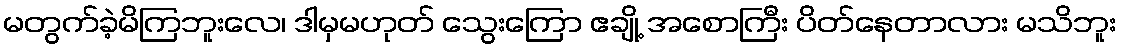
မတွက်ခဲ့မိကြဘူးလေ၊ ဒါမှမဟုတ် သွေးကြော ဧချို့ အစောကြီး ပိတ်နေတာလား မသိဘူး